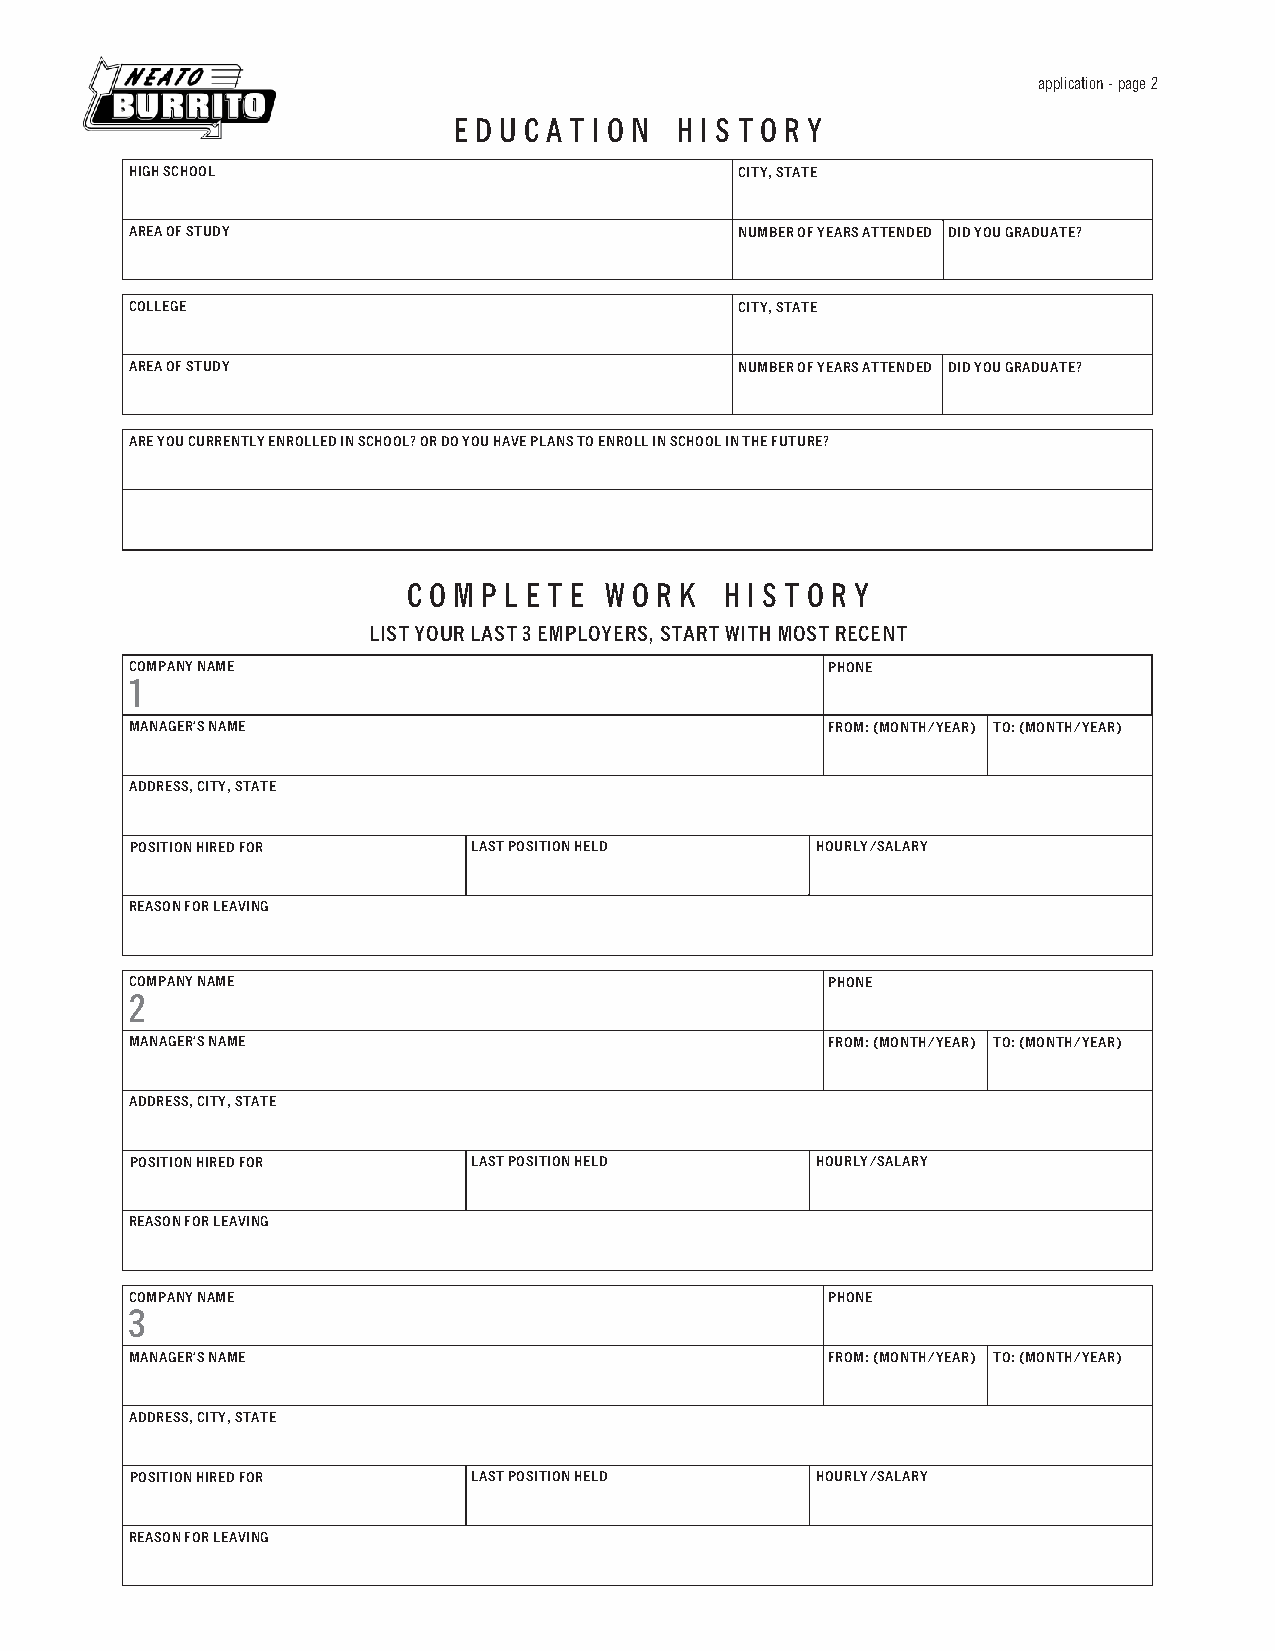
application - page 2
 E D U C A T I O N H I S T O R Y
 HIGH SCHOOL                             CITY, STATE
 AREA OF STUDY                           NUMBER OF YEARS ATTENDED DID YOU GRADUATE?
 COLLEGE                                 CITY, STATE
 AREA OF STUDY                           NUMBER OF YEARS ATTENDED DID YOU GRADUATE?
 ARE YOU CURRENTLY ENROLLED IN SCHOOL? OR DO YOU HAVE PLANS TO ENROLL IN SCHOOL IN THE FUTURE?
 C O M P L E T E W O R K H I S T O R Y
 LIST YOUR LAST 3 EMPLOYERS, START WITH MOST RECENT
 COMPANY NAME                                  PHONE
 1
 MANAGER’S NAME                                FROM: (MONTH/YEAR) TO: (MONTH/YEAR)
 ADDRESS, CITY, STATE
 POSITION HIRED FOR    LAST POSITION HELD     HOURLY/SALARY
 REASON FOR LEAVING
 COMPANY NAME                                  PHONE
 2
 MANAGER’S NAME                                FROM: (MONTH/YEAR) TO: (MONTH/YEAR)
 ADDRESS, CITY, STATE
 POSITION HIRED FOR    LAST POSITION HELD     HOURLY/SALARY
 REASON FOR LEAVING
 COMPANY NAME                                  PHONE
 3
 MANAGER’S NAME                                FROM: (MONTH/YEAR) TO: (MONTH/YEAR)
 ADDRESS, CITY, STATE
 POSITION HIRED FOR    LAST POSITION HELD     HOURLY/SALARY
 REASON FOR LEAVING